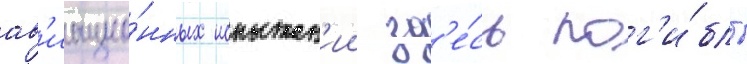
ав'иацио́нных испытан'ии зд'е́сь пог'и́бло